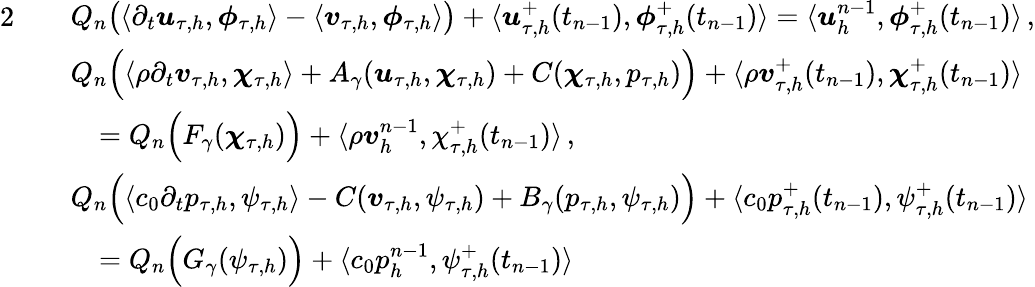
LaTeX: \begin{array}{rl}{{2}}&{\begin{array}{rl}&{Q_{n}\big(\langle\partial_{t}\boldsymbol u_{\tau,h},\boldsymbol\phi_{\tau,h}\rangle-\langle\boldsymbol v_{\tau,h},\boldsymbol\phi_{\tau,h}\rangle\big)+\langle\boldsymbol u_{\tau,h}^{+}(t_{n-1}),\boldsymbol\phi_{\tau,h}^{+}(t_{n-1})\rangle=\langle\boldsymbol u_{h}^{n-1},\boldsymbol\phi_{\tau,h}^{+}(t_{n-1})\rangle\, ,}\end{array}}\\ &{\begin{array}{rl}&{Q_{n}\Big(\langle\rho\partial_{t}\boldsymbol v_{\tau,h},\boldsymbol\chi_{\tau,h}\rangle+A_{\gamma}(\boldsymbol u_{\tau,h},\boldsymbol\chi_{\tau,h})+C(\boldsymbol\chi_{\tau,h},p_{\tau,h})\Big)+\langle\rho\boldsymbol v_{\tau,h}^{+}(t_{n-1}),\boldsymbol\chi_{\tau,h}^{+}(t_{n-1})\rangle}\\ &{\quad=Q_{n}\Big(F_{\gamma}(\boldsymbol\chi_{\tau,h})\Big)+\langle\rho\boldsymbol v_{h}^{n-1},\chi_{\tau,h}^{+}(t_{n-1})\rangle\, ,}\end{array}}\\ &{\begin{array}{rl}&{Q_{n}\Big(\langle c_{0}\partial_{t}p_{\tau,h},\psi_{\tau,h}\rangle-C(\boldsymbol v_{\tau,h},\psi_{\tau,h})+B_{\gamma}(p_{\tau,h},\psi_{\tau,h})\Big)+\langle c_{0}p_{\tau,h}^{+}(t_{n-1}),\psi_{\tau,h}^{+}(t_{n-1})\rangle}\\ &{\quad=Q_{n}\Big(G_{\gamma}(\psi_{\tau,h})\Big)+\langle c_{0}p_{h}^{n-1},\psi_{\tau,h}^{+}(t_{n-1})\rangle}\end{array}}\end{array}